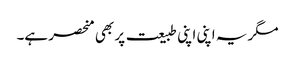
مگر یہ اپنی اپنی طبیعت پر بھی منحصر ہے۔